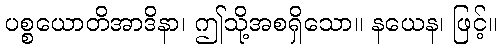
ပစ္စယောတိအာဒိနာ၊ ဤသို့အစရှိသော။ နယေန၊ ဖြင့်။